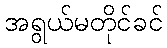
အရွယ်မတိုင်ခင်